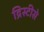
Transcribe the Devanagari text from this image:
द्रिस्टीसे